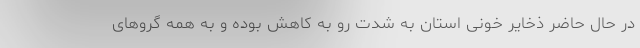
در حال حاضر ذخایر خونی استان به شدت رو به کاهش بوده و به همه گرو‌های